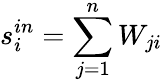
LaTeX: s_{i}^{in}=\sum_{j=1}^{n}W_{ji}